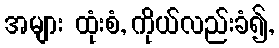
အများ ထုံးစံ, ကိုယ်လည်းခံ၍,